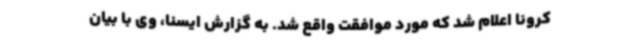
کرونا اعلام شد که مورد موافقت واقع شد. به گزارش ایسنا، وی با بیان